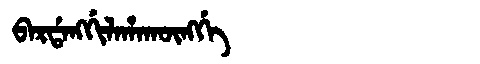
Manchu: ᠪᠠᡵᡩᠠᠩᡤᡳᠯᠠᡥᠠᡴᡡᠩᡤᡝ
Romanization: BARDANGGILAHAKŪNGGE